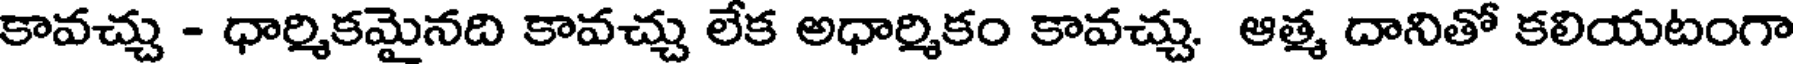
కావచ్చు - ధార్మికమైనది కావచ్చు లేక అధార్మికం కావచ్చు. ఆత్మ దానితో కలియటంగా